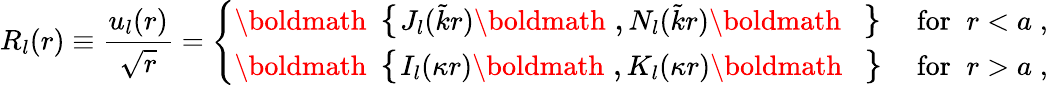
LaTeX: R_{l}(r)\equiv\frac{u_{l}(r)}{\sqrt{r}}=\left\{ \begin{array}{lr}{{\mathrm{\boldmath\large~\left\{ ~\right.~}\! \! \! J_{l}(\tilde{k}r)\mathrm{\boldmath\large~,~}\! \! N_{l}(\tilde{k}r)\mathrm{\boldmath\large~\left.~\right\} ~}\! \! \; }}&{{\textrm{for}\; \; r<a\; ,}}\\ {{\mathrm{\boldmath\large~\left\{ ~\right.~}\! \! \! I_{l}(\kappa r)\mathrm{\boldmath\large~,~}\! \! K_{l}(\kappa r)\mathrm{\boldmath\large~\left.~\right\} ~}\! \! \; }}&{{\textrm{for}\; \; r>a\; ,}}\end{array}\right.\; \;